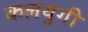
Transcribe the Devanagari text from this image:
कलयुगी